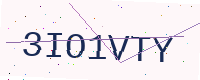
Text: 3IO1VTY